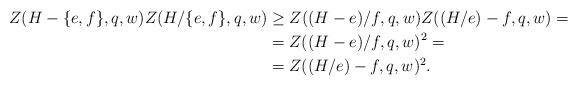
LaTeX: \begin{align*}Z(H-\{e,f\},q,w)Z(H/\{e,f\},q,w)&\geq Z((H-e)/f,q,w)Z((H/e)-f,q,w)=\\&= Z((H-e)/f,q,w)^2= \\&= Z((H/e)-f,q,w)^2.\end{align*}